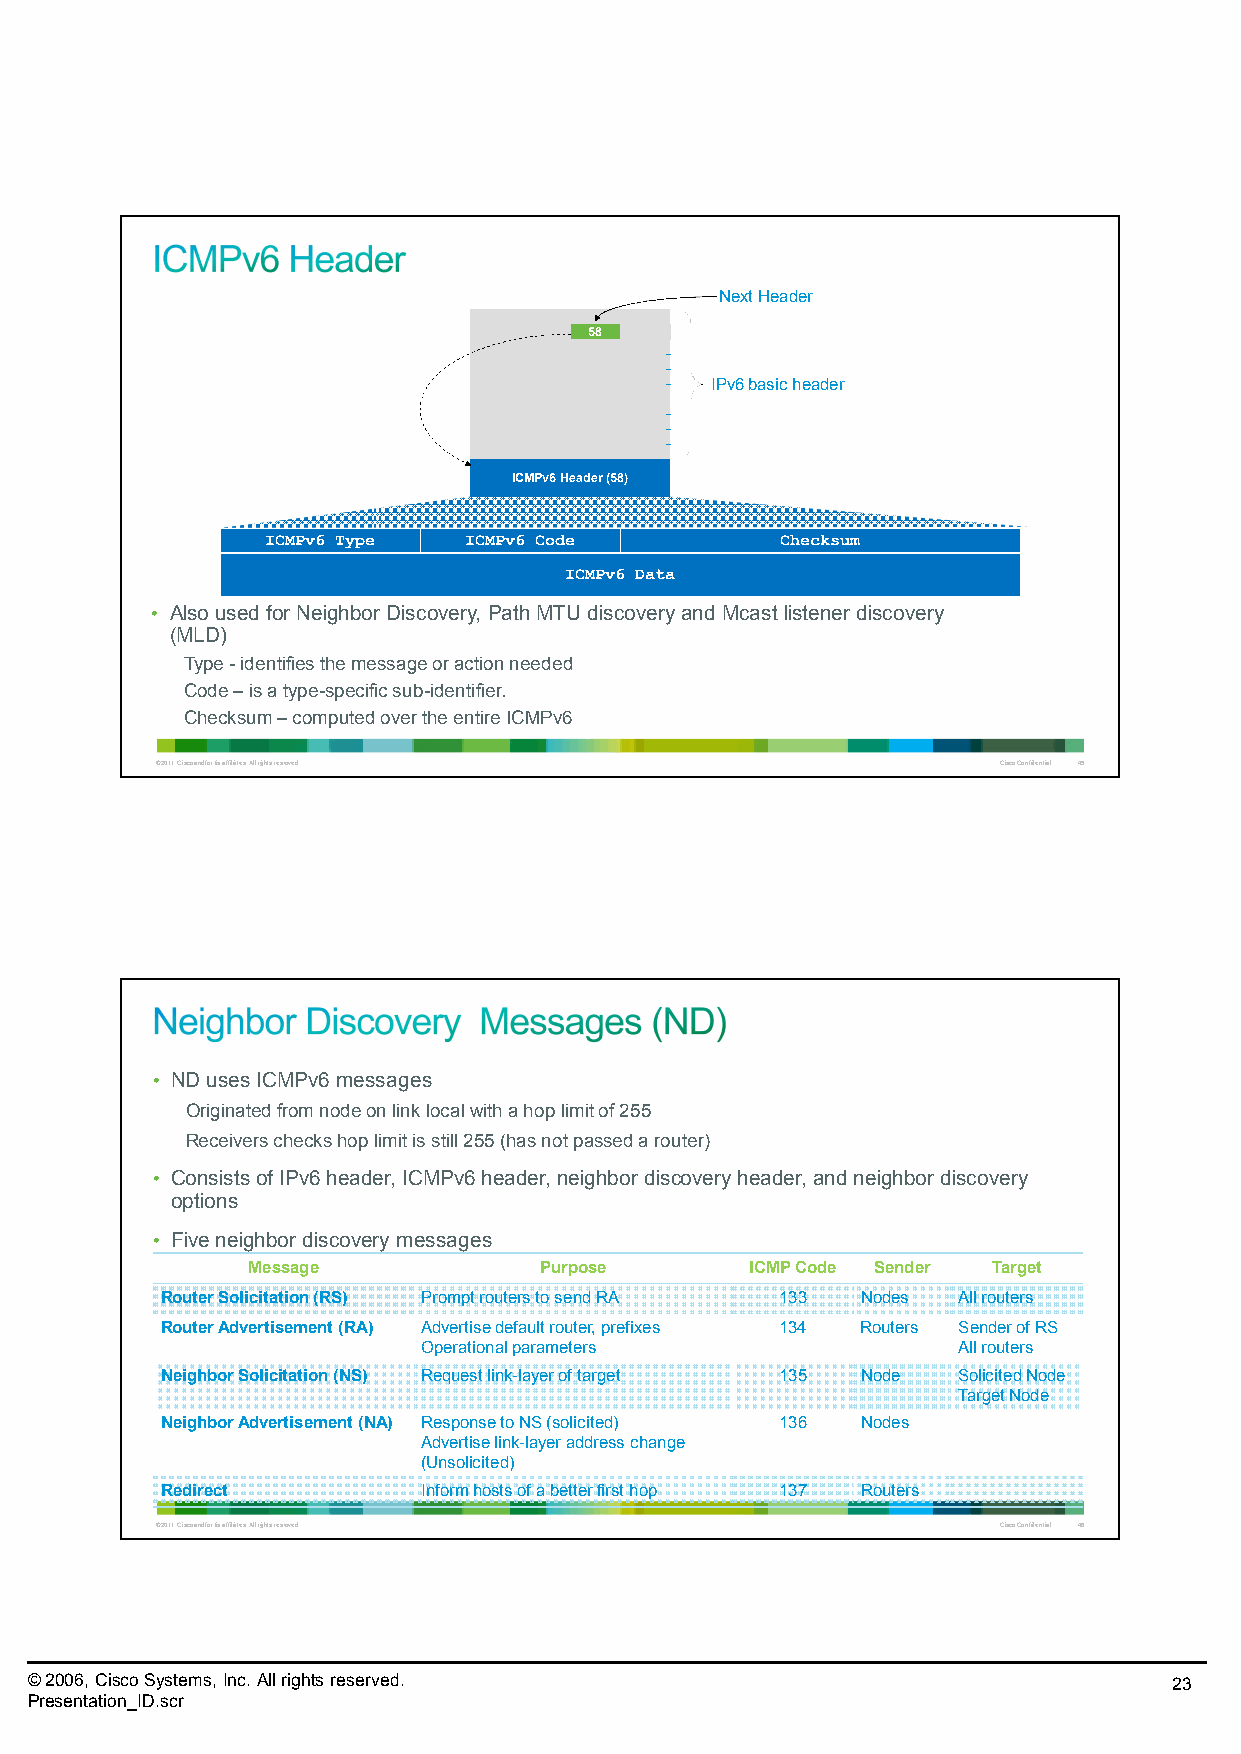
NextHeader
 58
 IPv6 basic header
 ICMPv6 Header (58)
 ICMPv6 Type  ICMPv6 Code          Checksum
 ICMPv6 Data
 • Also used for Neighbor Discovery, Path MTU discovery and Mcast listener discovery
 (MLD)
 Type -identifies the message or action needed
 Code –is a type-specific sub-identifier.
 Checksum –computed over the entire ICMPv6
 © 2011 Cisco and/or its affiliates. All rights reserved. Cisco Confidential 45
 • ND uses ICMPv6messages
 Originated from node on link local with a hop limit of 255
 Receivers checks hop limit is still 255 (has not passed a router)
 • Consists of IPv6 header, ICMPv6header, neighbor discovery header, and neighbor discovery
 options
 • Five neighbor discovery messages
 Message             Purpose       ICMPCode Sender Target
 Router Solicitation (RS) Prompt routers to send RA 133 Nodes All routers
 Router Advertisement (RA) Advertise default router, prefixes 134 Routers Sender ofRS
 Operational parameters             All routers
 Neighbor Solicitation(NS) Request link-layerof target 135 Node SolicitedNode
 Target Node
 Neighbor Advertisement(NA) Responseto NS (solicited) 136 Nodes
 Advertise link-layer address change
 (Unsolicited)
 Redirect         Inform hosts of a better first hop 137 Routers
 © 2011 Cisco and/or its affiliates. All rights reserved. Cisco Confidential 46
 © 2006, Cisco Systems, Inc. All rights reserved.                            23
 Presentation_ID.scr